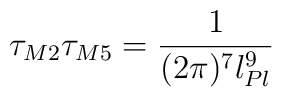
\tau_{M2}\tau_{M5}=\frac{1}{(2\pi)^7l_{Pl}^9}